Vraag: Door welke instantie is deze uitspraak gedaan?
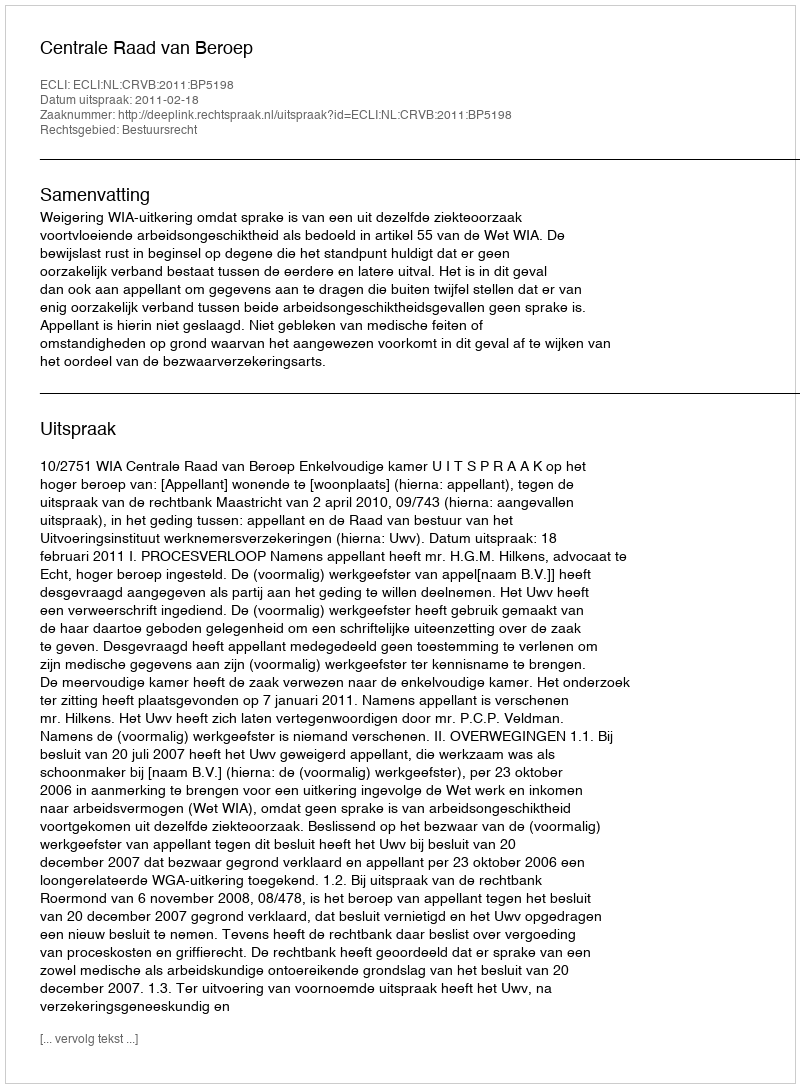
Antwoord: Centrale Raad van Beroep